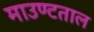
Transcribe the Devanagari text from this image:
माउण्टताल